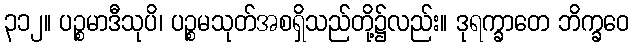
၃၁၂။ ပဉ္စမာဒီသုပိ၊ ပဉ္စမသုတ်အစရှိသည်တို့၌လည်း။ ဒုရက္ခာတေ ဘိက္ခဝေ